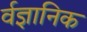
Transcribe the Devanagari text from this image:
र्वज्ञानिक